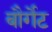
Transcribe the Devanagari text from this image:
बौर्गेट